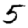
Digit: 5